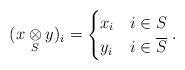
LaTeX: \begin{align*}(x\underset{S}{\otimes} y)_i = \begin{cases}x_i & i \in S\\y_i & i\in \overline{S}\end{cases}.\end{align*}